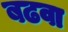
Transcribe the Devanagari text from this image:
बढवा